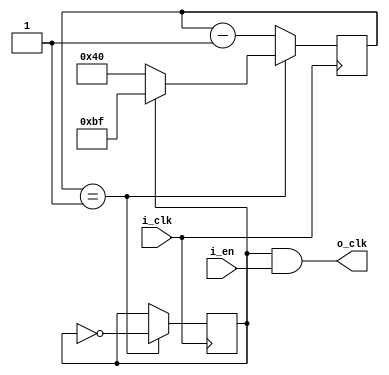
// My own PWM modules.

// Constant duty cycle. No reset
module constant_pwm_module 
#(parameter C_RES = 8, C_DUTY_CYCLE=2**(C_RES-2))
(

		input i_clk,  // clock
		input i_en,
		output wire o_clk
		
	);
	
	localparam C_MIN_DUTY_CYCLE = ~C_DUTY_CYCLE;
	
	reg r_state = 0;
	reg[C_RES-1:0] r_pwn_counter = 1;
	
	assign o_clk = r_state && i_en;

	always @(posedge i_clk) begin

		if(r_pwn_counter == 1) begin
		
			r_state <= ~r_state;
			r_pwn_counter <= r_state ? C_MIN_DUTY_CYCLE : C_DUTY_CYCLE;
		
		end else begin
			r_pwn_counter <= r_pwn_counter - 1;
		end          
		
	end
	
endmodule

// Used if duty cycle can change at run time.
module var_pwm_module 
#(parameter C_RES = 8)(

		input i_clk,  // clock
		input i_en,
		input [C_RES-1:0] i_duty_cycle,

		output wire o_clk

	);
	
	// A duty cycle of 0 is not allowed.
	wire [C_RES-1:0] w_duty_cycle;
	assign w_duty_cycle = i_duty_cycle == 0 ? 1 : i_duty_cycle;
	
	// Binary complementary of the duty cycle
	// 1- DUTY_CYCLE
	wire [C_RES-1:0] w_comp_duty_cycle;
	assign w_comp_duty_cycle = ~w_duty_cycle;
	
	reg r_state = 0;
	reg[C_RES-1:0] r_pwn_counter = 1;
	reg[C_RES-1:0] r_last_duty_cycle = 1;
	
	assign o_clk = r_state && i_en;

	always @(posedge i_clk) begin    
	
		r_last_duty_cycle <= w_duty_cycle;
		
		if(r_last_duty_cycle != w_duty_cycle) begin

			// The extra minus one is required to account for the
			// clock tick used by the reset.
			r_pwn_counter <= w_comp_duty_cycle - 1;
			r_state <= 0;

		end else begin

			if(r_pwn_counter == 1) begin
			
				r_state <= ~r_state;
				r_pwn_counter <= r_state ? w_comp_duty_cycle : w_duty_cycle;
			
			end else begin
				r_pwn_counter <= r_pwn_counter - 1;
			end

		end     
		
	end
	
endmodule